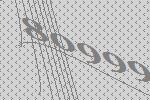
80999